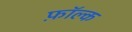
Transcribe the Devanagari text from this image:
फ़ॉल्क